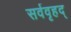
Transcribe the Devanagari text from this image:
सर्ववृहद्